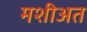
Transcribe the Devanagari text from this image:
मशीअत